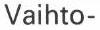
Vaihto-